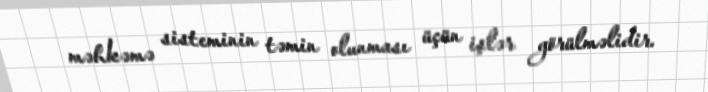
məhkəmə sisteminin təmin olunması üçün işlər görülməlidir.